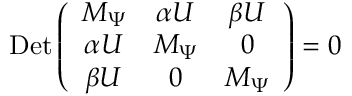
\mathrm { D e t } \left( \begin{array} { c c c } { { M _ { \Psi } } } & { { \alpha U } } & { { \beta U } } \\ { { \alpha U } } & { { M _ { \Psi } } } & { { 0 } } \\ { { \beta U } } & { { 0 } } & { { M _ { \Psi } } } \end{array} \right) = 0